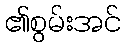
၏စွမ်းအင်